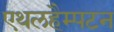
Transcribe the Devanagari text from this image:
एथलहैम्पटन